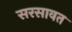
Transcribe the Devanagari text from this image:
सरसावत